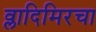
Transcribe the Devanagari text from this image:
व्लादिमिरचा